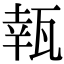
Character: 㼬